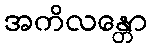
အကိလန္တော